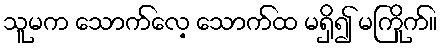
သူမက သောက်လေ့ သောက်ထ မရှိ၍ မကြိုက်။